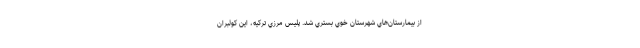
از بيمارستان‌هاي شهرستان خوي بستري شد. پليس مرزي تركيه، اين كولبران